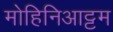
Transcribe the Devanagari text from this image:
मोहिनिआट्टम